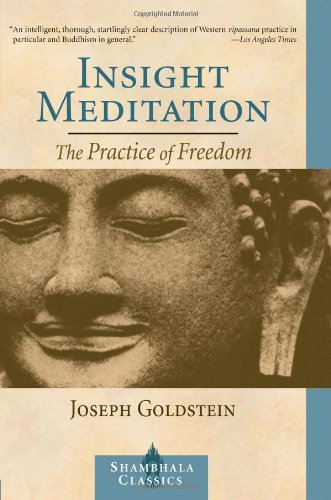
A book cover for Insight Meditation: The Practice of Freedom; Joseph Goldstein; Religion & Spirituality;